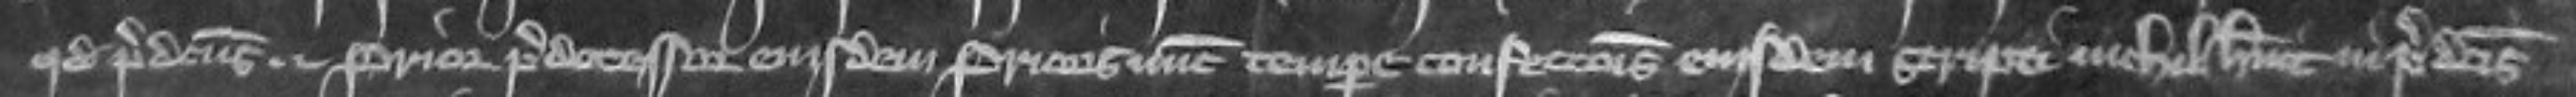
quod predictus prior predecessor eiusdem prioris nunc tempore confectionis eiusdem scripti nichil habuit in predictis